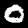
Label: 0